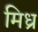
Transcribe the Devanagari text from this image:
मिध्र